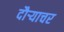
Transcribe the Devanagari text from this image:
दौर्‍याचर